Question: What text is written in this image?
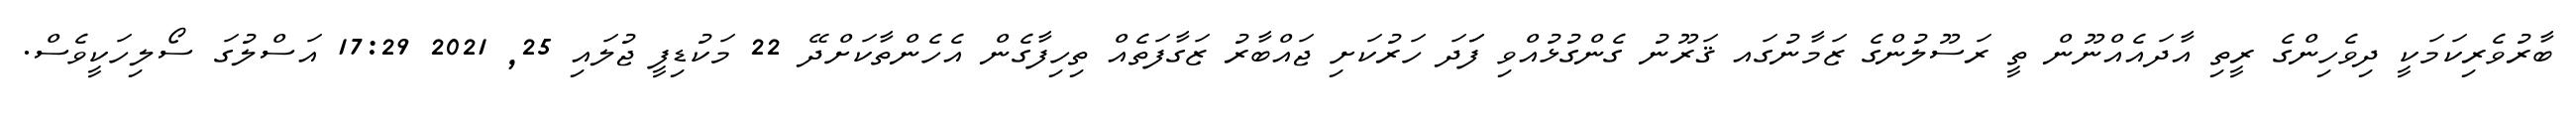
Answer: ބާރުވެރިކަމަކީ ދިވެހިންގެ ރީތި އާދައެއްނޫން ތީ ރަސޫލުންގެ ޒަމާނުގައ ޤަރޫނު ގެންގުޅުއްވި ފަަދަ ހަރުކަށި ޖައްބާރު ޒަގާފަތެއް ތިހިފާގެން އެހެންތާކަށްދޭ 22 މަކުޑިފީ ޖުލައި 25, 2021 17:29 އަސްލުގަ ސޯލިހަކީވެސް.